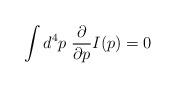
LaTeX: \begin{align*}\int d^4 p \; {\partial \over \partial p} I(p) = 0\end{align*}